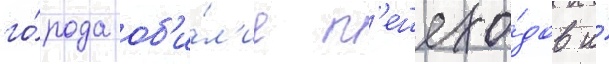
го́рода об'и́л'ие п'ешехо́дов и́